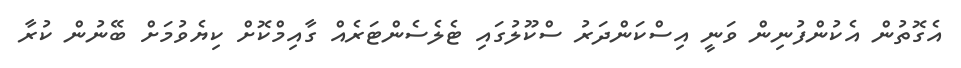
އެގޮތުން އެކުންފުނިން ވަނީ އިސްކަންދަރު ސްކޫލުގައި ޓެލެސެންޓަރެއް ގާއިމްކޮށް ކިޔެވުމަށް ބޭނުން ކުރާ